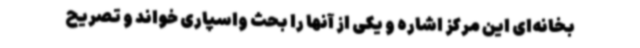
بخانه‌ای این مرکز اشاره و یکی از آنها را بحث واسپاری خواند و تصریح